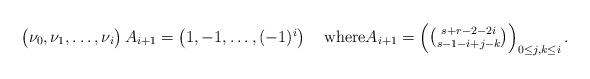
LaTeX: \begin{align*} \begin{pmatrix}\nu_0,\nu_1,\dots,\nu_i\end{pmatrix}A_{i+1}= \begin{pmatrix}1,-1,\dots,(-1)^i\end{pmatrix}\quad\textup{where} A_{i+1}=\begin{pmatrix}\binom{s+r-2-2i}{s-1-i+j-k}\end{pmatrix}_{0\leq j,k\leq i}.\end{align*}